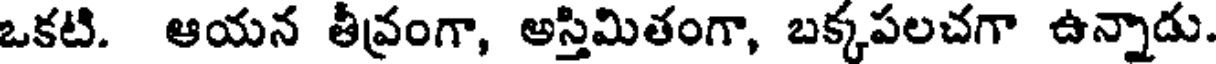
ఒకటి. ఆయన తీవ్రంగా, అస్తిమితంగా, బక్కపలచగా ఉన్నాడు.